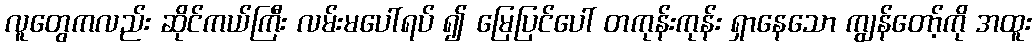
လူတွေကလည်း ဆိုင်ကယ်ကြီး လမ်းမပေါ်ရပ် ၍ မြေပြင်ပေါ် တကုန်းကုန်း ရှာနေသော ကျွန်တော့်ကို အထူး